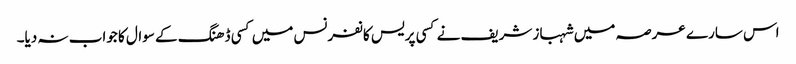
اس سارے عرصہ میں شہباز شریف نے کسی پریس کانفرنس میں کسی ڈھنگ کے سوال کا جواب نہ دیا۔